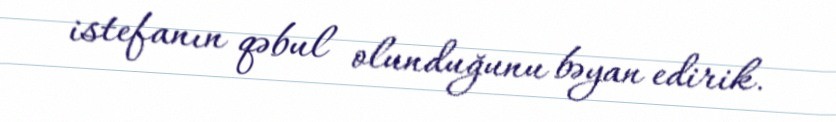
istefanın qəbul olunduğunu bəyan edirik.